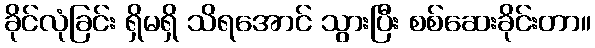
ခိုင်လုံခြင်း ရှိမရှိ သိရအောင် သွားပြီး စစ်ဆေးခိုင်းတာ။